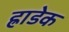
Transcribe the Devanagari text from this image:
ह्राडेक